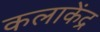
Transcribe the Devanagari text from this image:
कलाकेंद्र